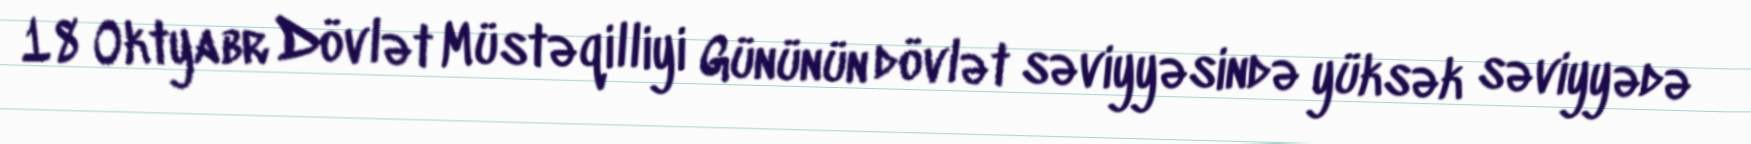
18 Oktyabr Dövlət Müstəqilliyi Gününün dövlət səviyyəsində yüksək səviyyədə